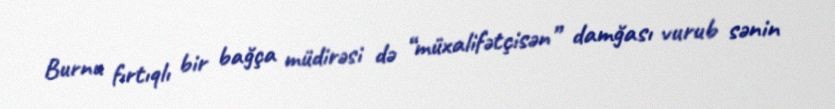
Burnu fırtıqlı bir bağça müdirəsi də “müxalifətçisən” damğası vurub sənin